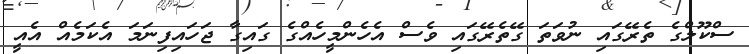
ސްކޫލްގެ ތެރޭގައި ނުވަތަ ގޭތެރޭގައި ވެސް އެހެންމީހެއްގެ ގައިގާ ޖަހައިފިނަމަ އެކަމެއް އެއީ